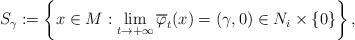
LaTeX: \begin{align*}S_{\gamma}:=\left\{x\in M:\lim_{t\to+\infty}\overline{\varphi}_t(x)=(\gamma,0)\in N_i\times \{0\}\right\},\end{align*}